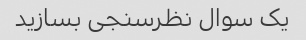
یک سوال نظرسنجی بسازید